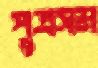
পুত্রসম